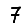
Digit: 7